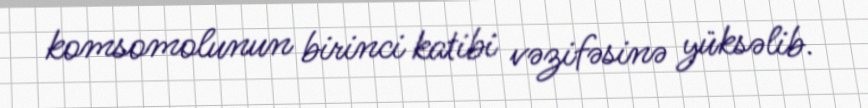
komsomolunun birinci katibi vəzifəsinə yüksəlib.